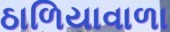
ઠાળિયાવાળા